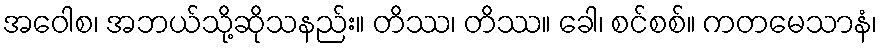
အဝေါစ၊ အဘယ်သို့ဆိုသနည်း။ တိဿ၊ တိဿ။ ခေါ၊ စင်စစ်။ ကတမေသာနံ၊